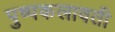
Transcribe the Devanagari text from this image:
पुष्पकलावती